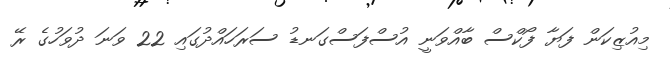
މިއުޒިކަން ފަޔާ ފޯކްސް ބާއްވަނީ އުސްފަސްގަނޑު ސަރަހައްދުގައި 22 ވަނަ ދުވަހުގެ ރޭ